Report on the cholera epidemic of
Year: 1868
Disease focus: Cholera
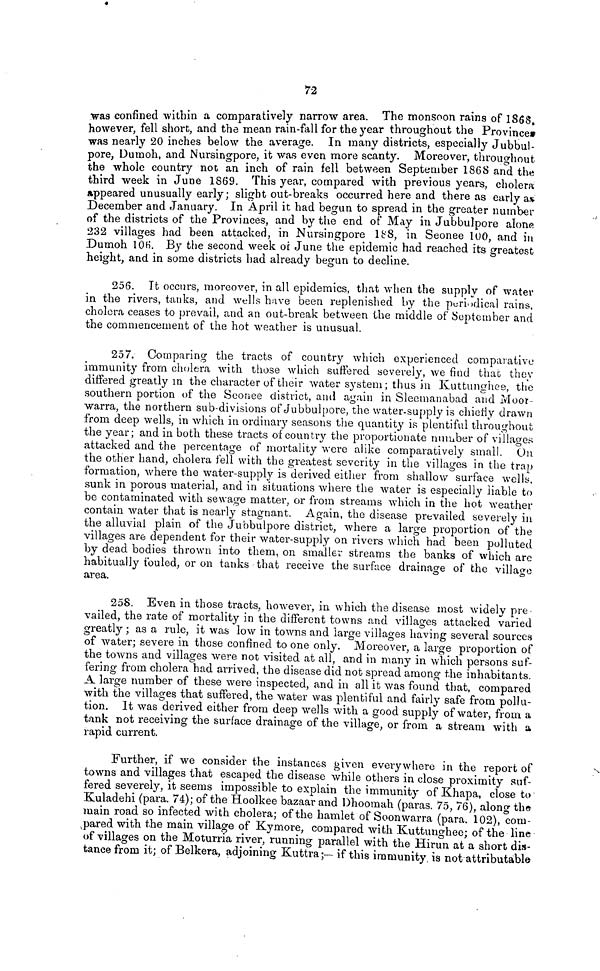
72
was confined within a comparatively narrow area. The monsoon rains of 1868.
however, fell short, and the mean rain-fall for the year throughout the Province*
was nearly 20 inches below the average. In many districts, especially Jubbul-
pore, Dumoh, and Nursingpore, it was even more scanty. Moreover, throughout
the whole country not an inch of rain fell between September 1868 and the
third week in June 1869. This year, compared with previous years, cholera
appeared unusually early ; slight out-breaks occurred here and there as early as
December and January. In April it had begun to spread in the greater number
of the districts of the Provinces, and by the end of May in Jubbulpore alone
232 villages had been attacked, in Nursingpore 188, in Seonee 100, and in
Dumoh 106. By the second week oí June the epidemic had reached its greatest
height, and in some districts had already begun to decline.
256. It occurs, moreover, in all epidemics, that when the supply of water
in the rivers, tanks, and wells have been replenished by the periodical ruins,
cholera ceases to prevail, and an out-break between the middle of September and
the commencement of the hot weather is unusual.
257. Comparing the tracts of country which experienced comparative
immunity from cholera with those which suffered severely, we find that they
differed greatly in the character of their water system; thus in Kuttunghee, the
southern portion of the Seonee district, and again in Sleemanabad and Moor-
warra, the northern sub-divisions of Jubbulpore, the water-supply is chierly drawn
from deep wells, in which in ordinary seasons the quantity is plentiful throughout
the year; and in both these tracts oí country the proportionate number of villages
attacked and the percentage of mortality were alike comparatively small. On
the other hand, cholera fell with the greatest severity in the villages in the trap
formation, where the water-supply is derived either from shallow surface wells,
sunk in porous material, and in situations where the water is especially liable to
be contaminated with sewage matter, or from streams which in the hot weather
contain water that is nearly stagnant. Again, the disease prevailed severely in
the alluvial plain of the Jubbulpore district, where a large proportion of the
villages are dependent for their water-supply on rivers which had been polluted
by dead bodies thrown into them, on smaller streams the banks of which are
habitually fouled, or on tanks that receive the surface drainage of the village
area.
258. Even in those tracts, however, in which the disease most widely pre-
vailed, the rate of mortality in the different towns and villages attacked varied
greatly ; as a rule, it was low in towns and large villages having several sources
of water; severe in those confined to one only. Moreover, a large proportion of
the towns and villages were not visited at all, and in many in which persons suf-
fering from cholera had arrived, the disease did not spread among the inhabitants.
A large number of these were inspected, and in all it was found that, compared
with the villages that suffered, the water was plentiful and fairly safe from pollu-
tion. It was derived either from deep wells with a good supply of water, from a
tank not receiving the surface drainage of the village, or from a stream with a
rapid current.
Further, if we consider the instances given everywhere in the report of
towns and villages that escaped the disease while others in close proximity suf-
fered severely, it seems impossible to explain the immunity of Khapa, close to
Kuladehi (para. 74); of the Hoolkee bazaar and Dhoomah (paras. 75, 76), along the
main road so infected with cholera; of the hamlet of Soonwarra (para. 102), com-
pared with the main village of Kymore, compared with Kuttunghee; of the line
of villages on the Moturria river, running parallel with the Hirun at a short dis-
tance from it; of Belkera, adjoining Kuttra;— if this immunity, is not attributable